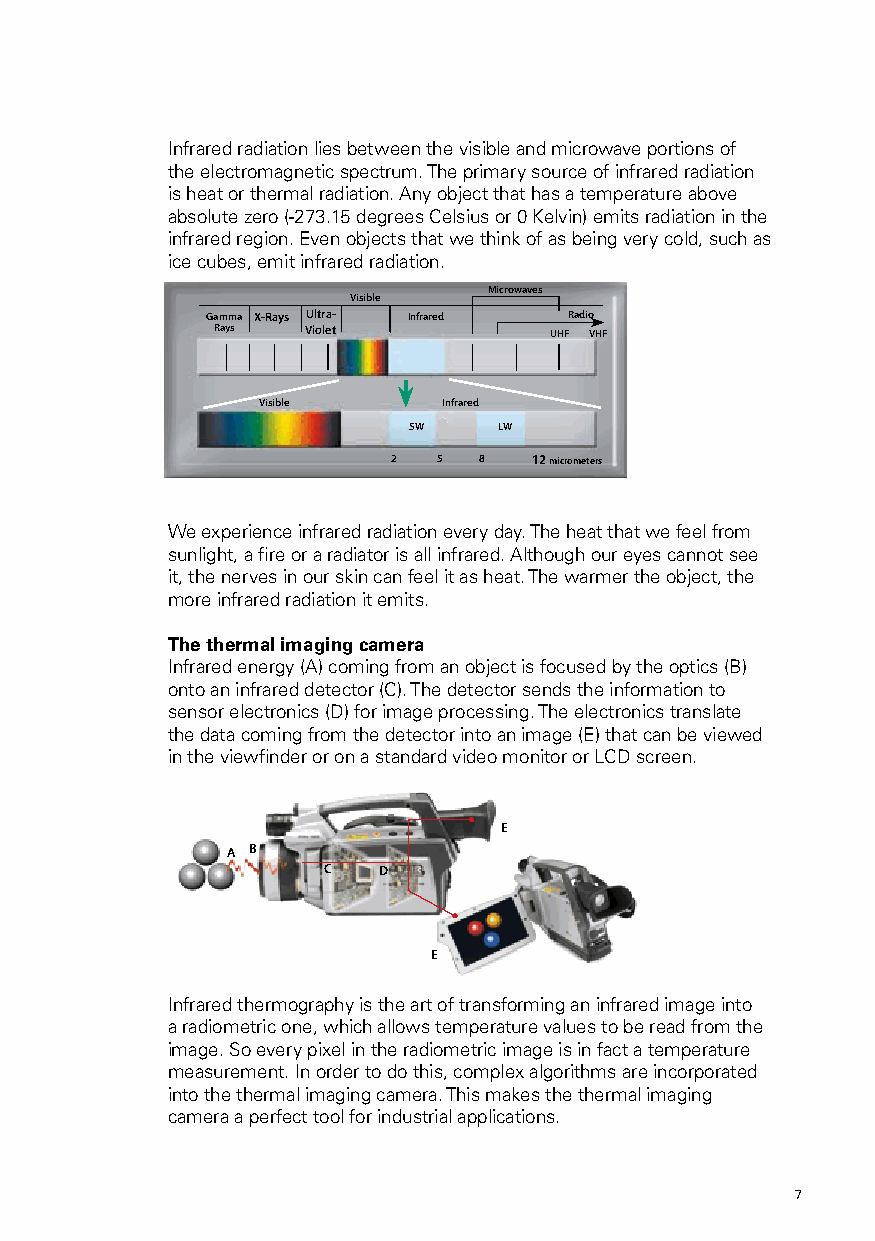
Infrared radiation lies between the visible and microwave portions of
 the electromagnetic spectrum. The primary source of infrared radiation
 is heat or thermal radiation. Any object that has a temperature above
 absolute zero (-273.15 degrees Celsius or 0 Kelvin) emits radiation in the
 infrared region. Even objects that we think of as being very cold, such as
 ice cubes, emit infrared radiation.
 Microwaves
 Visible
 Gamma X-Rays Ultra- Infrared Radio
 Rays  Violet          UHF VHF
 Visible     Infrared
 SW    LW
 2  5  8  12 micrometers
 We experience infrared radiation every day. The heat that we feel from
 sunlight, a fire or a radiator is all infrared. Although our eyes cannot see
 it, the nerves in our skin can feel it as heat. The warmer the object, the
 more infrared radiation it emits.
 The thermal imaging camera
 Infrared energy (A) coming from an object is focused by the optics (B)
 onto an infrared detector (C). The detector sends the information to
 sensor electronics (D) for image processing. The electronics translate
 the data coming from the detector into an image (E) that can be viewed
 in the viewfinder or on a standard video monitor or LCD screen.
 E
 A B
 C   D
 E
 Infrared thermography is the art of transforming an infrared image into
 a radiometric one, which allows temperature values to be read from the
 image. So every pixel in the radiometric image is in fact a temperature
 measurement. In order to do this, complex algorithms are incorporated
 into the thermal imaging camera. This makes the thermal imaging
 camera a perfect tool for industrial applications.
 6                                                    7